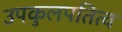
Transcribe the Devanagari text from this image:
उपकुलपतित्व